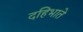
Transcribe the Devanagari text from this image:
दहिभाते